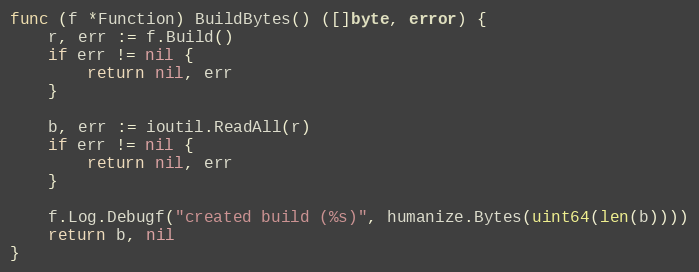
Language: Go
func (f *Function) BuildBytes() ([]byte, error) {
	r, err := f.Build()
	if err != nil {
		return nil, err
	}

	b, err := ioutil.ReadAll(r)
	if err != nil {
		return nil, err
	}

	f.Log.Debugf("created build (%s)", humanize.Bytes(uint64(len(b))))
	return b, nil
}